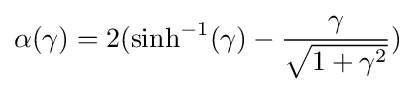
\alpha (\gamma )=2(\sinh ^{-1}(\gamma )-{\frac {\gamma }{\sqrt {1+\gamma ^{2}}}})